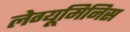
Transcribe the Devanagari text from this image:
लेग्यूमिनिस